Report of the Bombay Veterinary College
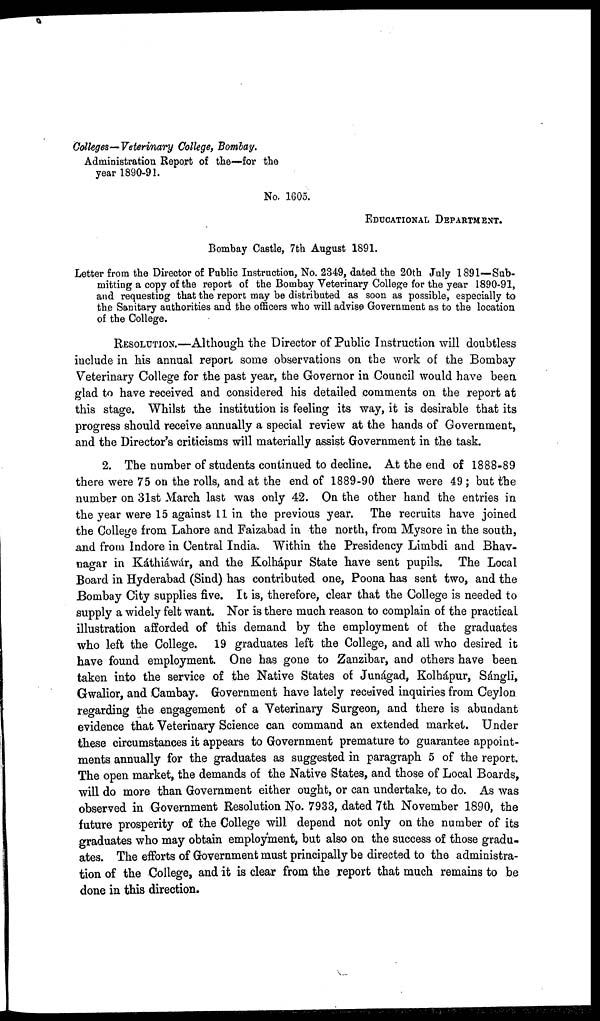
Colleges—Veterinary College, Bombay.
Administration Report of the—for the
year 1890-91.
No. 1605.
EDUCATIONAL DEPARTMENT.
Bombay Castle, 7th August 1891.
Letter from the Director of Public Instruction, No. 2349, dated the 20th July 1891—Sub-
mitting a copy of the report of the Bombay Veterinary College for the year 1890-91,
and requesting that the report may be distributed as soon as possible, especially to
the Sanitary authorities and the officers who will advise Government as to the location
of the College.
RESOLUTION.—Although
the Director of Public Instruction will doubtless
include in his annual report some observations on the work of the Bombay
Veterinary College for the past year, the Governor in Council would have been
glad to have received and considered his detailed comments on the report at
this stage. Whilst the institution is feeling its way, it is desirable that its
progress should receive annually a special review at the hands of Government,
and the Director's criticisms will materially assist Government in the task.
2. The number of students continued to decline. At the end of 1888-89
there were 75 on the rolls, and at the end of 1889-90 there were 49; but the
number on 31st March last was only 42. On the other hand the entries in
the year were 15 against 11 in the previous year. The recruits have joined
the College from Lahore and Faizabad in the north, from Mysore in the south,
and from Indore in Central India. Within the Presidency Limbdi and Bhav-
nagar in Káthiáwár, and the Kolhápur State have sent pupils. The Local
Board in Hyderabad (Sind) has contributed one, Poona has sent two, and the
Bombay City supplies five. It is, therefore, clear that the College is needed to
supply a widely felt want. Nor is there much reason to complain of the practical
illustration afforded of this demand by the employment of the graduates
who left the College. 19 graduates left the College, and all who desired it
have found employment. One has gone to Zanzibar, and others have been
taken into the service of the Native States of Junágad, Kolhápur, Sángli,
Gwalior, and Cambay. Government have lately received inquiries from Ceylon
regarding the engagement of a Veterinary Surgeon, and there is abundant
evidence that Veterinary Science can command an extended market. Under
these circumstances it appears to Government premature to guarantee appoint-
ments annually for the graduates as suggested in paragraph 5 of the report.
The open market, the demands of the Native States, and those of Local Boards,
will do more than Government either ought, or can undertake, to do. As was
observed in Government Resolution No. 7933, dated 7th November 1890, the
future prosperity of the College will depend not only on the number of its
graduates who may obtain employment, but also on the success of those gradu-
ates. The efforts of Government must principally be directed to the administra-
tion of the College, and it is clear from the report that much remains to be
done in this direction.